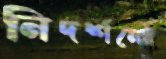
নিদর্শনের